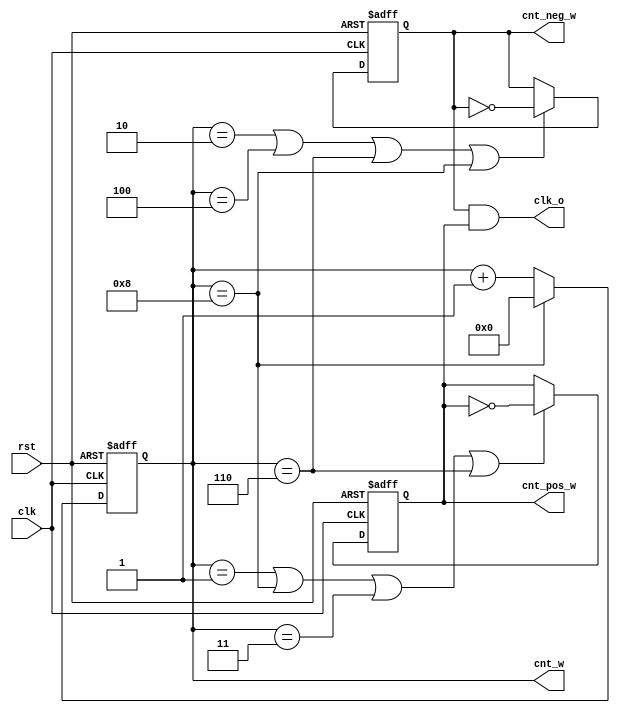
module division_half
#(
    parameter MUL_2 = 9
)
(
    input clk,rst,
    output cnt_pos_w,cnt_neg_w,
    output [4:0] cnt_w,
    output clk_o
);
reg [4:0] cnt;
reg  cnt_neg;
reg  cnt_pos;
assign cnt_pos_w = cnt_pos;
assign cnt_neg_w = cnt_neg;
assign cnt_w = cnt;
//counter
always @( posedge clk , negedge rst) begin
    if(!rst)
    begin
        cnt <= 3'b0;
    end
    else if (cnt == MUL_2-1)
    begin
        cnt <= 3'b0;
    end 
    else begin
        cnt <= cnt +1;
    end
end
//
always @( posedge clk , negedge rst) begin
    if(!rst)
    begin
        cnt_pos <= 3'b1;
    end
    else if (cnt == 1 || cnt == 8|| cnt == 3|| cnt == 6 ) begin
        cnt_pos <= ~cnt_pos;
    end
end
always @( negedge clk , negedge rst) begin
    if(!rst)
    begin
        cnt_neg <= 3'b1;
    end
    else if (cnt == 2 || cnt == 4||cnt == 6 || cnt == 8) begin
        cnt_neg <= ~cnt_neg;
    end
end
assign clk_o = cnt_neg & cnt_pos;
endmodule